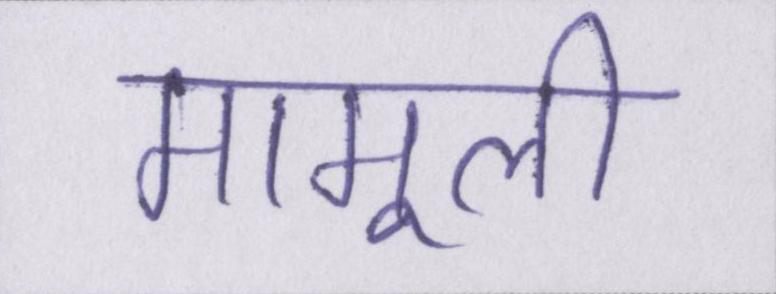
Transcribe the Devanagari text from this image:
मामूली